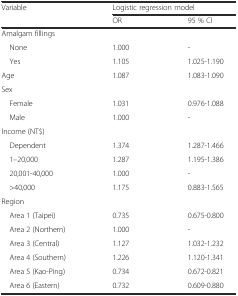
<table><thead><tr><td rowspan="2"><b>Variable</b></td><td colspan="2"><b>Logistic regression model</b></td></tr><tr><td><b>OR</b></td><td><b>95 % CI</b></td></tr></thead><tbody><tr><td>Amalgam fillings</td><td></td><td></td></tr><tr><td> None</td><td>1.000</td><td>-</td></tr><tr><td> Yes</td><td>1.105</td><td>1.025-1.190</td></tr><tr><td>Age</td><td>1.087</td><td>1.083-1.090</td></tr><tr><td>Sex</td><td></td><td></td></tr><tr><td> Female</td><td>1.031</td><td>0.976-1.088</td></tr><tr><td> Male</td><td>1.000</td><td>-</td></tr><tr><td>Income (NT$)</td><td></td><td></td></tr><tr><td> Dependent</td><td>1.374</td><td>1.287-1.466</td></tr><tr><td> 1–20,000</td><td>1.287</td><td>1.195-1.386</td></tr><tr><td> 20,001-40,000</td><td>1.000</td><td>-</td></tr><tr><td> &gt;40,000</td><td>1.175</td><td>0.883-1.565</td></tr><tr><td>Region</td><td></td><td></td></tr><tr><td> Area 1 (Taipei)</td><td>0.735</td><td>0.675-0.800</td></tr><tr><td> Area 2 (Northern)</td><td>1.000</td><td>-</td></tr><tr><td> Area 3 (Central)</td><td>1.127</td><td>1.032-1.232</td></tr><tr><td> Area 4 (Southern)</td><td>1.226</td><td>1.120-1.341</td></tr><tr><td> Area 5 (Kao-Ping)</td><td>0.734</td><td>0.672-0.821</td></tr><tr><td> Area 6 (Eastern)</td><td>0.732</td><td>0.609-0.880</td></tr></tbody></table>